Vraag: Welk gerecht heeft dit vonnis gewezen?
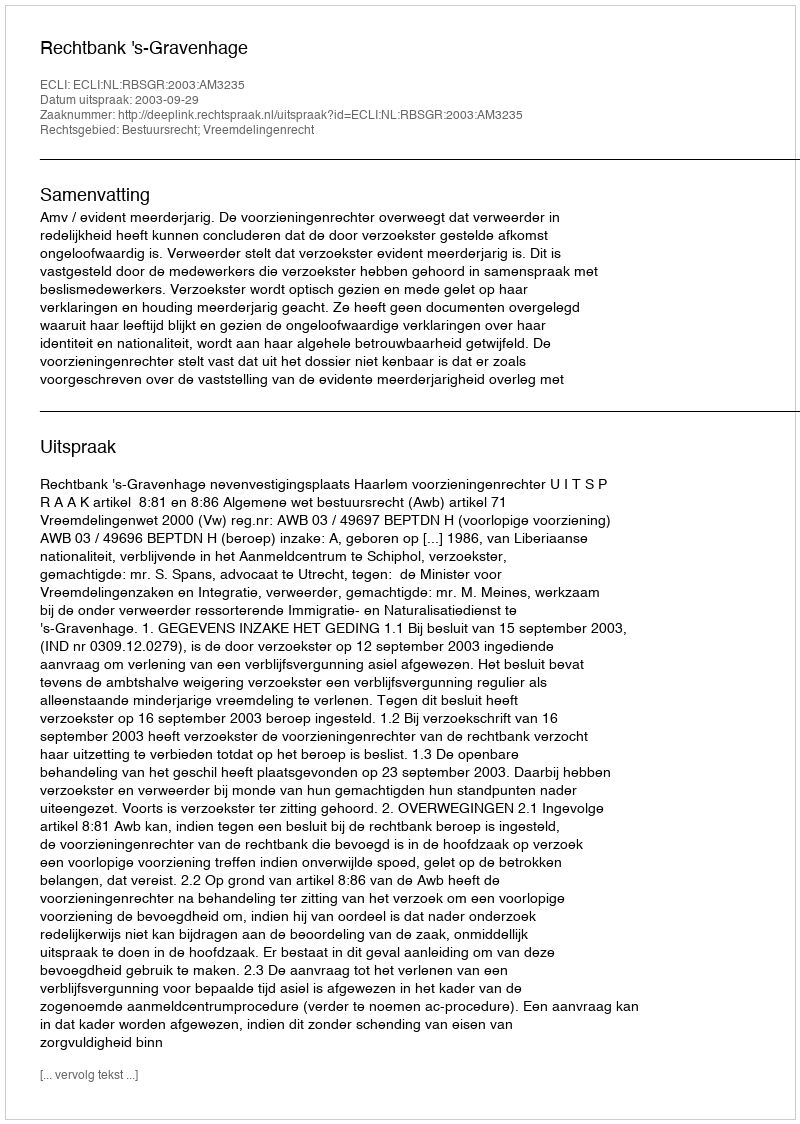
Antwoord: Rechtbank 's-Gravenhage